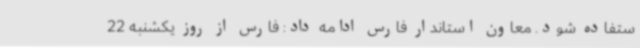
ستفاده شود. معاون استاندار فارس ادامه داد: فارس از روز یکشنبه 22